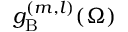
g _ { \mathrm { B } } ^ { ( m , l ) } ( \Omega )